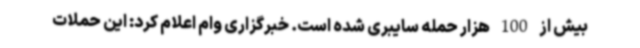
بیش از 100 هزار حمله سایبری شده است. خبرگزاری وام اعلام کرد: این حملات